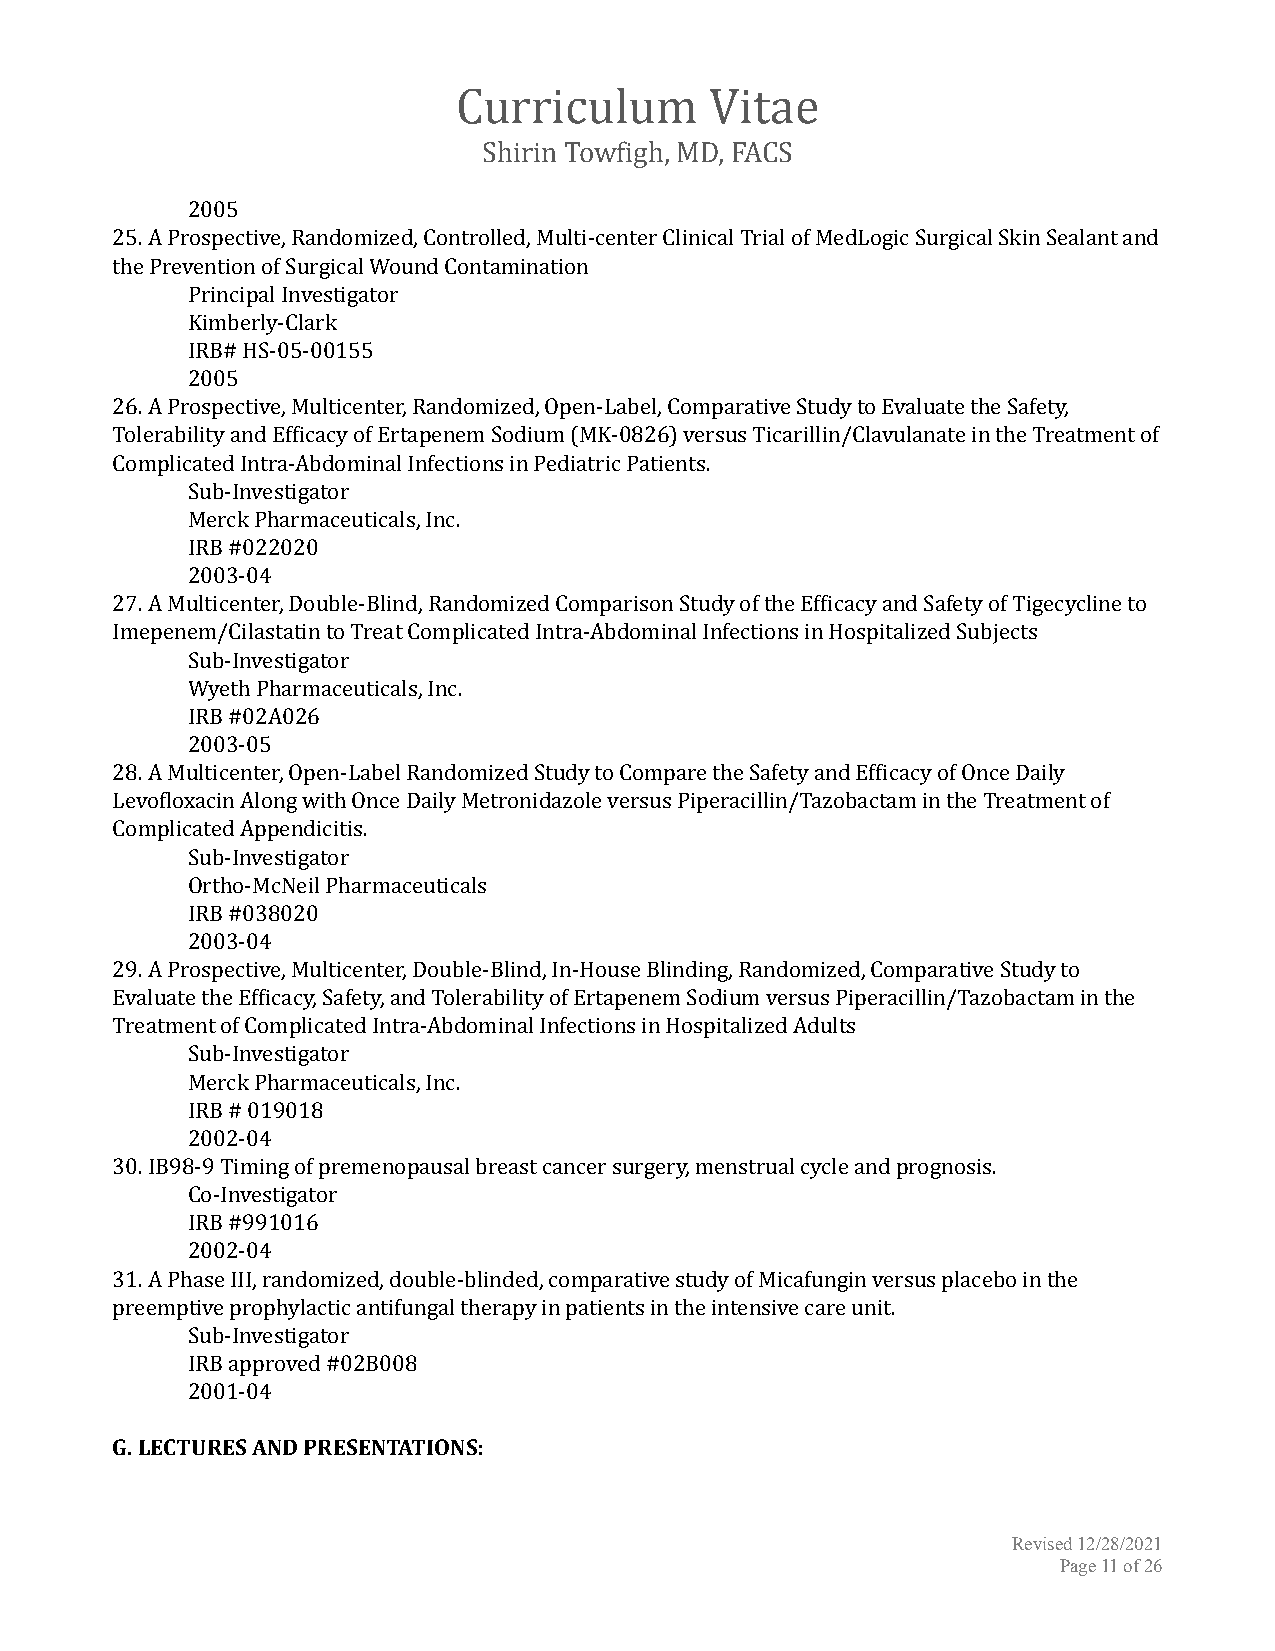
Curriculum       Vitae
 Shirin Towfigh, MD, FACS
 2005
 25. A Prospective, Randomized, Controlled, Multi-center Clinical Trial of MedLogic Surgical Skin Sealant and
 the Prevention of Surgical Wound Contamination
 Principal Investigator
 Kimberly-Clark
 IRB# HS-05-00155
 2005
 26. A Prospective, Multicenter, Randomized, Open-Label, Comparative Study to Evaluate the Safety,
 Tolerability and Efficacy of Ertapenem Sodium (MK-0826) versus Ticarillin/Clavulanate in the Treatment of
 Complicated Intra-Abdominal Infections in Pediatric Patients.
 Sub-Investigator
 Merck Pharmaceuticals, Inc.
 IRB #022020
 2003-04
 27. A Multicenter, Double-Blind, Randomized Comparison Study of the Efficacy and Safety of Tigecycline to
 Imepenem/Cilastatin to Treat Complicated Intra-Abdominal Infections in Hospitalized Subjects
 Sub-Investigator
 Wyeth Pharmaceuticals, Inc.
 IRB #02A026
 2003-05
 28. A Multicenter, Open-Label Randomized Study to Compare the Safety and Efficacy of Once Daily
 Levofloxacin Along with Once Daily Metronidazole versus Piperacillin/Tazobactam in the Treatment of
 Complicated Appendicitis.
 Sub-Investigator
 Ortho-McNeil Pharmaceuticals
 IRB #038020
 2003-04
 29. A Prospective, Multicenter, Double-Blind, In-House Blinding, Randomized, Comparative Study to
 Evaluate the Efficacy, Safety, and Tolerability of Ertapenem Sodium versus Piperacillin/Tazobactam in the
 Treatment of Complicated Intra-Abdominal Infections in Hospitalized Adults
 Sub-Investigator
 Merck Pharmaceuticals, Inc.
 IRB # 019018
 2002-04
 30. IB98-9 Timing of premenopausal breast cancer surgery, menstrual cycle and prognosis.
 Co-Investigator
 IRB #991016
 2002-04
 31. A Phase III, randomized, double-blinded, comparative study of Micafungin versus placebo in the
 preemptive prophylactic antifungal therapy in patients in the intensive care unit.
 Sub-Investigator
 IRB approved #02B008
 2001-04
 G. LECTURES AND PRESENTATIONS:
 Revised 12/28/2021
 Page11of26